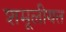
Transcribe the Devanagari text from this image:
शमूलीयत